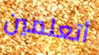
أتعلمين